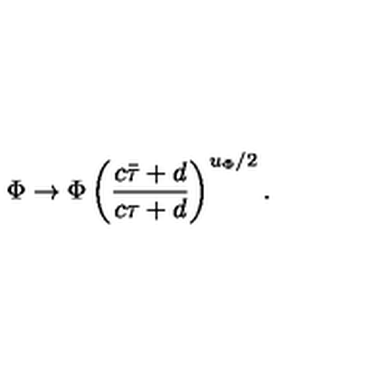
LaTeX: { \Phi \to \Phi \left( { \frac { c \bar { \tau } + d } { c \tau + d } } \right) ^ { u _ { \Phi } / 2 } . }